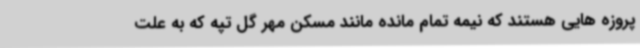
پروزه هایی هستند که نیمه تمام مانده مانند مسکن مهر گل تپه که به علت